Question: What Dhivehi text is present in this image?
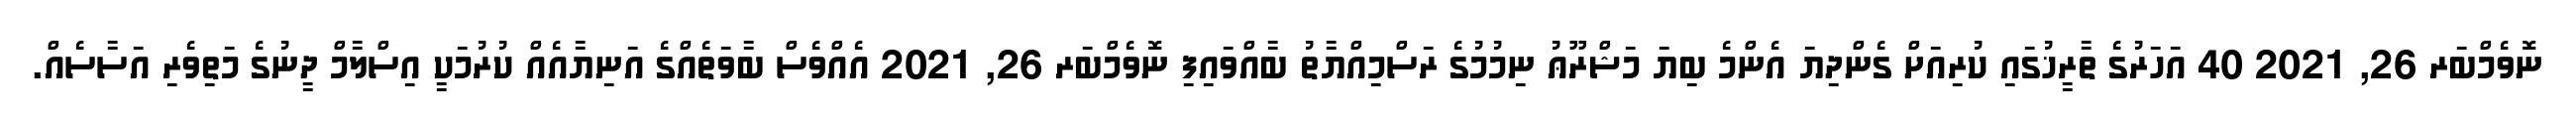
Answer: ނޮވެމްބަރ 26, 2021 40 އަހަރުގެ ތާރީޚުގައި ކުރިއަށް ގެންދިޔަ އެންމެ ބިޔަ މަޝްރޫޢު ނިމުމުގެ ރަސްމިއްޔާތު ބާއްވައިފި ނޮވެމްބަރ 26, 2021 އެއްވެސް ބާވަތެއްގެ އަނިޔާއެއް ކުރުމަކީ އިސްލާމް ދީނުގެ މަތިވެރި އަސާސެއް.